Medical and sanitary report of the native army of Bengal for the year
Year: 1876
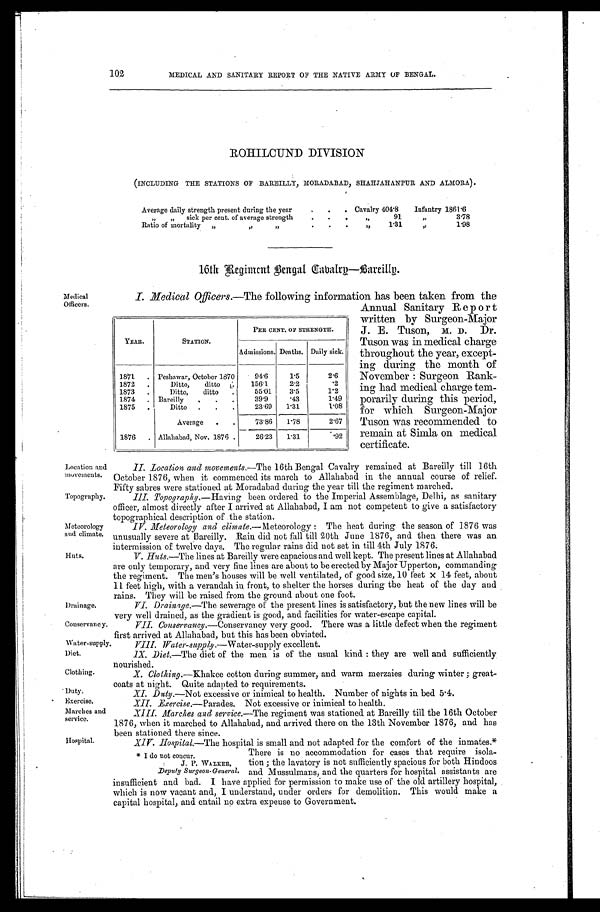
Medical Officers.
Location and
movements.
Topography.
Meteorology
and climate.
Huts.
Drainage.
Diet,
Clothing.
Duty.
Exercise.
Marches and
service.
Hospital.
102
MEDICAL AND SANITARY REPORT OF THE NATIVE ARMY OF BENGAL.
ROHILCUND DIVISION
(INCLUDING THE STATIONS OF BAREILLY, MORADABAD, SHAHJAHANPUR AND ALMORA).
Average daily strength present during the year
Cavalry 404. 8 Infantry 1861. 6
„ „ sick per cent. of average strength
,,91 ,,
3.78
Ratio of mortality „ „„
1.31 , ,
1.98
16th Regiment Bengal Cabalrg Bareillg.
I. Medical Officers.—The following information has been taken from the
Annual Sanitary Report
written by Surgeon-Major
J. E. Tuson, M. D . Dr.
Tus on wa g i n me di c a l c ha r ge
throughout the year, except
- i n g d u r i n g t h e m o n t h o f November: Surgeon Rank
-ing had medical charge tem
- p o r a r i l y d u r i n g t h i s p e r i o d , for which Surgeon-Major
Tuson was recommended to
remain at Simla on medical
certificate.
YEAR.
STATION.
PER CENT. OF STRENGTH.
Admissions. Deaths. Daily sick.
1871 Peshawar, October 1870 94.6 1.5
2.6
1872
Ditto,ditto. 156.1 2.2
.2
1873
Ditto,ditto
55.01 3.5
1.2
1874 Bareilly
39.9 .43
1.49
1875
Ditto
23.69 1.31
1.08
Average
73.86 1.78
2.67
1876 Allahabad, Nov. 1876. 26.23 1.31
. 9 2
II. _Location and movements.-- The 16th Bengal Cavalry remained at Bareilly till 16th
October 1876, when it commenced its march to Allahabad in the annual course of relief.
Fifty sabres were stationed at Moradabad during the year till the regiment marched.
III. Topography.—H
''
aving been ordered to the Imperial Assemblage, Delhi, as sanitary
officer, almost directly after I arrived at Allahabad, I am not competent to give a satisfactory
topographical description of the station.
IV.Meteorology and climate.—Meteorology: The heat during the season of 1876 was
unusually severe at Bareilly. Rain did not fall till 20th June 1876, and then there was an
intermission of twelve days. The regular rains did not set in till 4th July 1876:
V.Huts.—The lines at Bareilly were capacious and well kept. The present lines at Allahabad
are only temporary, and very fine lines are about to be erected by Major Upperton, commanding
the regiment. The men's houses will be well ventilated, of good size, 10 feet x 14! feet, about
11 feet high, with a verandah in front, to shelter the horses during the heat of the day and
rains. They will be raised from the ground about one foot.
VI.Drainge.—The sewerage of the present lines is satisfactory, but the new lines will be
very well drained, as the gradient is good, and facilities for water-escape capital.
consercvancy.VII. Conservancy.— Conservancy very good. There was a little defect when the regiment
first arrived at Allahabad, but this has been obviated.
Water-supply.VIII. Water-supply..—Water-supply excellent.
1X. Diet.—The diet of the men is of the usual kind : they are well and sufficiently.
nourished.
X.Clothing.—khakee cotton during summer, and warm merzaies during winter; great
-coats at night. Quite adapted to requirements.
XI.Duty.—Not excessive or inimical to health. Number of nights in bed 5.4.
Exercise.—Parades. Not excessive or inimical to health.
XIII. Marches and service.--The regiment was stationed at Bareilly till the 16th October
1876, when it marched to Allahabad, and arrived there on the 13th November 1876, and has
been stationed there since.
X I V . H o s p i t a l . —
T h e
h o s p i t a l i s s m a l l a n d n o t a d a p t e d f o r t h e c o m f o r t o f t h e i n m a t e s . *
* I do not concur.
There is no accommodation for cases that require isola-
J. P. WAIkER, tion; the lavatory is not sufficiently spacious for both Hindoos
Deputy Surgeon-General. and Mussulmans, and the quarters for hospital assistants are
insufficient and bad. I have applied for permission to make use of' the old artillery hospital,
which is now vacant and, I understand, under orders for demolition. This would make a
capital hospital, and entail no extra expense to Government.